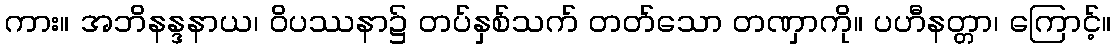
ကား။ အဘိနန္ဒနာယ၊ ဝိပဿနာ၌ တပ်နှစ်သက် တတ်သော တဏှာကို။ ပဟီနတ္တာ၊ ကြောင့်။